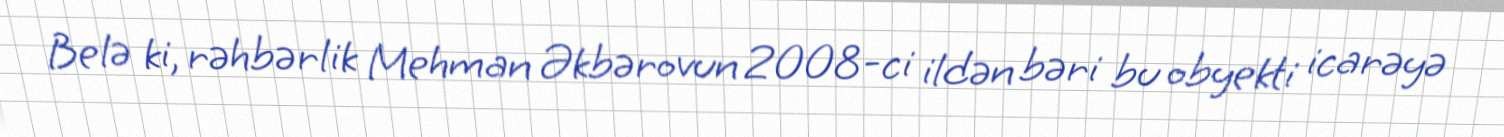
Belə ki, rəhbərlik Mehman Əkbərovun 2008-ci ildən bəri bu obyekti icarəyə